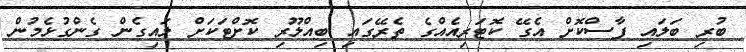
ބުރި ބަލައި ފާސްކޮށް އެގޭ ކޮޓަރިއެއްގެ ތެރޭގައި ބިއްލޫރި ކޮށްޓަކަށް ލައިގެން ގެންގުޅެމުން